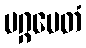
မဂ္ဂမေတံ